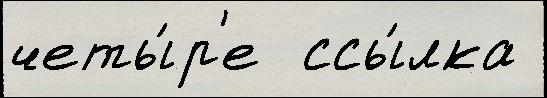
четы́р'е  ссы́лка